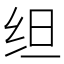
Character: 𬘜